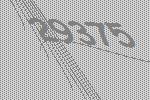
29375